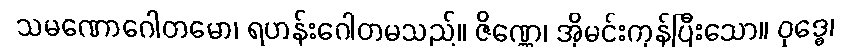
သမဏောဂေါတမော၊ ရဟန်းဂေါတမသည်။ ဇိဏ္ဏေ၊ အိုမင်းကုန်ပြီးသော။ ဝုဒ္ဓေ၊